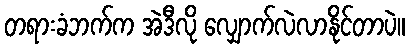
တရားခံဘက်က အဲဒီလို လျှောက်လဲလာနိုင်တာပဲ။